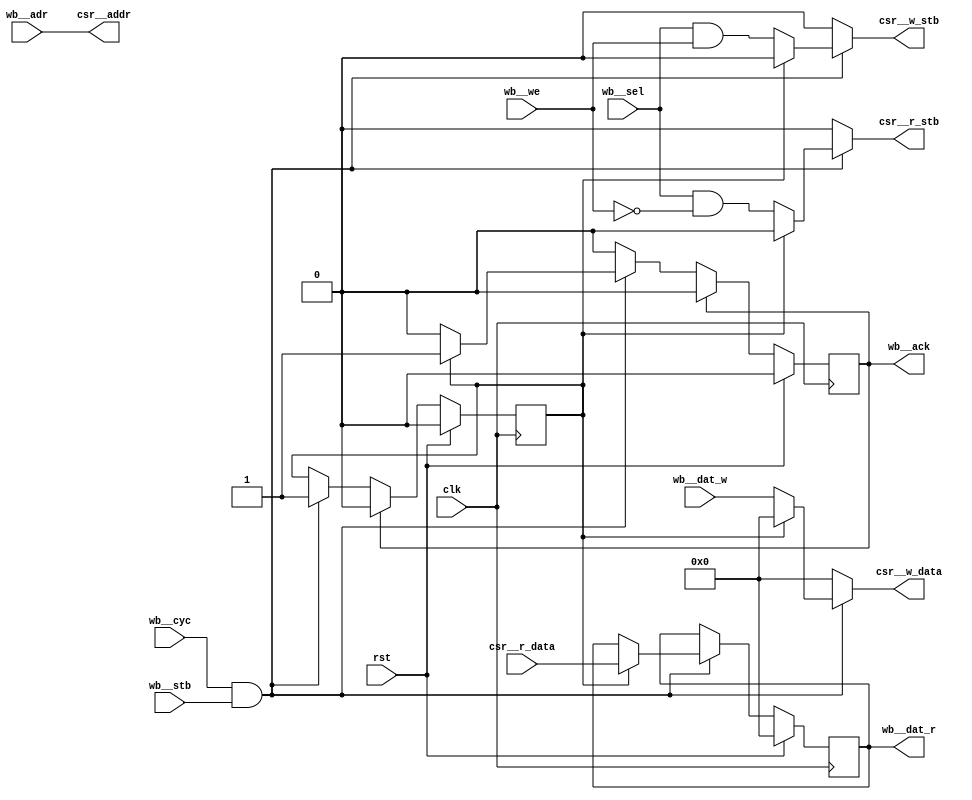
/* Generated by Yosys 0.15+31 (git sha1 a502570c2, gcc 11.2.1 -fPIC -Os) */

module bridge(wb__dat_w, wb__dat_r, wb__sel, wb__cyc, wb__stb, wb__we, wb__ack, rst, clk, csr__addr, csr__r_stb, csr__w_stb, csr__w_data, csr__r_data, wb__adr);
  reg \$auto$verilog_backend.cc:2083:dump_module$1  = 0;
  wire \$1 ;
  wire \$11 ;
  wire \$13 ;
  wire \$15 ;
  wire \$17 ;
  wire \$3 ;
  wire \$5 ;
  wire \$7 ;
  wire \$9 ;
  input clk;
  wire clk;
  output csr__addr;
  wire csr__addr;
  input [31:0] csr__r_data;
  wire [31:0] csr__r_data;
  output csr__r_stb;
  reg csr__r_stb;
  output [31:0] csr__w_data;
  reg [31:0] csr__w_data;
  output csr__w_stb;
  reg csr__w_stb;
  reg cycle = 1'h0;
  reg \cycle$next ;
  input rst;
  wire rst;
  output wb__ack;
  reg wb__ack = 1'h0;
  reg \wb__ack$next ;
  input wb__adr;
  wire wb__adr;
  input wb__cyc;
  wire wb__cyc;
  output [31:0] wb__dat_r;
  reg [31:0] wb__dat_r = 32'd0;
  reg [31:0] \wb__dat_r$next ;
  input [31:0] wb__dat_w;
  wire [31:0] wb__dat_w;
  input wb__sel;
  wire wb__sel;
  input wb__stb;
  wire wb__stb;
  input wb__we;
  wire wb__we;
  assign \$9  = wb__cyc & wb__stb;
  assign \$11  = wb__sel & wb__we;
  assign \$13  = wb__cyc & wb__stb;
  assign \$15  = wb__cyc & wb__stb;
  assign \$17  = wb__cyc & wb__stb;
  always @(posedge clk)
    cycle <= \cycle$next ;
  assign \$1  = wb__cyc & wb__stb;
  always @(posedge clk)
    wb__dat_r <= \wb__dat_r$next ;
  always @(posedge clk)
    wb__ack <= \wb__ack$next ;
  assign \$3  = ~ wb__we;
  assign \$5  = wb__sel & \$3 ;
  assign \$7  = wb__cyc & wb__stb;
  always @* begin
    if (\$auto$verilog_backend.cc:2083:dump_module$1 ) begin end
    csr__r_stb = 1'h0;
    casez (\$1 )
      1'h1:
          casez (cycle)
            1'h0:
                csr__r_stb = \$5 ;
          endcase
    endcase
  end
  always @* begin
    if (\$auto$verilog_backend.cc:2083:dump_module$1 ) begin end
    csr__w_data = 32'd0;
    casez (\$7 )
      1'h1:
          casez (cycle)
            1'h0:
                csr__w_data = wb__dat_w;
          endcase
    endcase
  end
  always @* begin
    if (\$auto$verilog_backend.cc:2083:dump_module$1 ) begin end
    csr__w_stb = 1'h0;
    casez (\$9 )
      1'h1:
          casez (cycle)
            1'h0:
                csr__w_stb = \$11 ;
          endcase
    endcase
  end
  always @* begin
    if (\$auto$verilog_backend.cc:2083:dump_module$1 ) begin end
    \cycle$next  = cycle;
    casez (\$13 )
      1'h1:
          casez (cycle)
            1'h0:
                \cycle$next  = 1'h1;
          endcase
    endcase
    casez (wb__ack)
      1'h1:
          \cycle$next  = 1'h0;
    endcase
    casez (rst)
      1'h1:
          \cycle$next  = 1'h0;
    endcase
  end
  always @* begin
    if (\$auto$verilog_backend.cc:2083:dump_module$1 ) begin end
    \wb__dat_r$next  = wb__dat_r;
    casez (\$15 )
      1'h1:
          (* full_case = 32'd1 *)
          casez (cycle)
            1'h0:
                /* empty */;
            default:
                \wb__dat_r$next  = csr__r_data;
          endcase
    endcase
    casez (rst)
      1'h1:
          \wb__dat_r$next  = 32'd0;
    endcase
  end
  always @* begin
    if (\$auto$verilog_backend.cc:2083:dump_module$1 ) begin end
    \wb__ack$next  = wb__ack;
    casez (\$17 )
      1'h1:
          (* full_case = 32'd1 *)
          casez (cycle)
            1'h0:
                /* empty */;
            default:
                \wb__ack$next  = 1'h1;
          endcase
    endcase
    casez (wb__ack)
      1'h1:
          \wb__ack$next  = 1'h0;
    endcase
    casez (rst)
      1'h1:
          \wb__ack$next  = 1'h0;
    endcase
  end
  assign csr__addr = wb__adr;
endmodule

module mux(bus_out, parity_out, clk_out, enabled, wb__adr, wb__dat_w, wb__sel, wb__cyc, wb__stb, wb__we, wb__dat_r, wb__ack, wb__stall, wb_ctrl__adr, wb_ctrl__dat_w, wb_ctrl__sel, wb_ctrl__cyc, wb_ctrl__stb, wb_ctrl__we, wb_ctrl__dat_r, wb_ctrl__ack
, wb_ctrl_stall, rst, clk, bus_in);
  reg \$auto$verilog_backend.cc:2083:dump_module$2  = 0;
  wire [8:0] \$1 ;
  wire \$10 ;
  wire [4:0] \$100 ;
  wire \$102 ;
  wire [4:0] \$104 ;
  wire [4:0] \$105 ;
  wire \$107 ;
  wire [4:0] \$109 ;
  wire [4:0] \$110 ;
  wire \$112 ;
  wire \$114 ;
  wire [4:0] \$116 ;
  wire [4:0] \$117 ;
  wire \$119 ;
  wire \$12 ;
  wire \$120 ;
  wire \$14 ;
  wire \$16 ;
  wire \$18 ;
  wire [8:0] \$2 ;
  wire \$20 ;
  wire \$22 ;
  wire \$24 ;
  wire \$26 ;
  wire \$28 ;
  wire \$30 ;
  wire \$32 ;
  wire \$34 ;
  wire \$36 ;
  wire \$38 ;
  wire \$4 ;
  wire \$40 ;
  wire \$42 ;
  wire \$44 ;
  wire \$46 ;
  wire \$48 ;
  wire \$50 ;
  wire [34:0] \$52 ;
  wire [31:0] \$53 ;
  wire [31:0] \$57 ;
  wire [31:0] \$59 ;
  wire \$6 ;
  wire \$61 ;
  wire [31:0] \$63 ;
  wire \$65 ;
  wire [31:0] \$67 ;
  wire [63:0] \$69 ;
  wire [63:0] \$71 ;
  wire \$73 ;
  wire [63:0] \$75 ;
  wire \$77 ;
  wire \$79 ;
  wire \$8 ;
  wire \$81 ;
  wire \$83 ;
  wire \$85 ;
  wire \$87 ;
  wire \$89 ;
  wire \$91 ;
  wire [34:0] \$93 ;
  wire [31:0] \$94 ;
  wire \$97 ;
  wire [4:0] \$99 ;
  reg [31:0] addr = 32'd0;
  reg [31:0] \addr$next ;
  wire bridge_wb__ack;
  wire bridge_wb__adr;
  wire bridge_wb__cyc;
  wire [31:0] bridge_wb__dat_r;
  wire [31:0] bridge_wb__dat_w;
  wire bridge_wb__sel;
  wire bridge_wb__stb;
  wire bridge_wb__we;
  input [7:0] bus_in;
  wire [7:0] bus_in;
  output [7:0] bus_out;
  reg [7:0] bus_out = 8'h00;
  reg [7:0] \bus_out$next ;
  input clk;
  wire clk;
  output clk_out;
  reg clk_out;
  wire clk_strobe;
  reg [7:0] clock_counter = 8'h00;
  reg [7:0] \clock_counter$next ;
  wire [2:0] clock_divisor;
  wire clock_strobe;
  reg [31:0] \config  = 32'd1;
  reg [31:0] \config$next ;
  reg [3:0] count = 4'h0;
  reg [3:0] \count$next ;
  reg [63:0] data = 64'h0000000000000000;
  reg [63:0] \data$next ;
  output enabled;
  wire enabled;
  wire is_read;
  wire is_write;
  wire [31:0] mux_config_csr__r_data;
  wire [31:0] mux_config_csr__w_data;
  wire mux_config_csr__w_stb;
  wire mux_csr__addr;
  wire [31:0] mux_csr__r_data;
  wire mux_csr__r_stb;
  wire [31:0] mux_csr__w_data;
  wire mux_csr__w_stb;
  wire [31:0] mux_status_csr__r_data;
  wire [31:0] mux_status_csr__w_data;
  wire mux_status_csr__w_stb;
  output parity_out;
  wire parity_out;
  reg prev_clk = 1'h0;
  reg \prev_clk$next ;
  input rst;
  wire rst;
  reg [34:0] s;
  reg [34:0] \s$56 ;
  reg [7:0] sel = 8'h00;
  reg [7:0] \sel$next ;
  (* enum_base_type = "StateEnum" *)
  (* enum_value_0000 = "IDLE" *)
  (* enum_value_0001 = "WRITE_CMD" *)
  (* enum_value_0010 = "READ_CMD" *)
  (* enum_value_0011 = "WRITE_ADDR" *)
  (* enum_value_0100 = "READ_ADDR" *)
  (* enum_value_0101 = "WRITE_SEL" *)
  (* enum_value_0110 = "READ_SEL" *)
  (* enum_value_0111 = "WRITE_DATA" *)
  (* enum_value_1000 = "READ_DATA" *)
  (* enum_value_1001 = "WRITE_ACK" *)
  (* enum_value_1010 = "READ_ACK" *)
  (* enum_value_1011 = "WISHBONE_ACK" *)
  reg [3:0] state = 4'h0;
  reg [3:0] \state$next ;
  reg [31:0] status = 32'd0;
  reg [31:0] \status$next ;
  output wb__ack;
  reg wb__ack = 1'h0;
  reg \wb__ack$next ;
  input [28:0] wb__adr;
  wire [28:0] wb__adr;
  input wb__cyc;
  wire wb__cyc;
  output [63:0] wb__dat_r;
  wire [63:0] wb__dat_r;
  input [63:0] wb__dat_w;
  wire [63:0] wb__dat_w;
  input [7:0] wb__sel;
  wire [7:0] wb__sel;
  output wb__stall;
  reg wb__stall;
  input wb__stb;
  wire wb__stb;
  input wb__we;
  wire wb__we;
  output wb_ctrl__ack;
  wire wb_ctrl__ack;
  input [29:0] wb_ctrl__adr;
  wire [29:0] wb_ctrl__adr;
  input wb_ctrl__cyc;
  wire wb_ctrl__cyc;
  output [31:0] wb_ctrl__dat_r;
  wire [31:0] wb_ctrl__dat_r;
  input [31:0] wb_ctrl__dat_w;
  wire [31:0] wb_ctrl__dat_w;
  input [3:0] wb_ctrl__sel;
  wire [3:0] wb_ctrl__sel;
  input wb_ctrl__stb;
  wire wb_ctrl__stb;
  input wb_ctrl__we;
  wire wb_ctrl__we;
  output wb_ctrl_stall;
  reg wb_ctrl_stall;
  assign \$100  = count - 1'h1;
  assign \$102  = | count;
  assign \$105  = count - 1'h1;
  assign \$107  = | count;
  assign \$10  = clock_divisor == 2'h3;
  assign \$110  = count - 1'h1;
  assign \$112  = bus_in == 8'h82;
  assign \$114  = | count;
  assign \$117  = count - 1'h1;
  assign \$120  = ^ bus_out;
  assign \$119  = ~ \$120 ;
  always @(posedge clk)
    clock_counter <= \clock_counter$next ;
  always @(posedge clk)
    prev_clk <= \prev_clk$next ;
  always @(posedge clk)
    bus_out <= \bus_out$next ;
  always @(posedge clk)
    wb__ack <= \wb__ack$next ;
  always @(posedge clk)
    addr <= \addr$next ;
  always @(posedge clk)
    data <= \data$next ;
  always @(posedge clk)
    sel <= \sel$next ;
  assign \$12  = clock_divisor == 3'h4;
  always @(posedge clk)
    state <= \state$next ;
  always @(posedge clk)
    count <= \count$next ;
  always @(posedge clk)
    \config  <= \config$next ;
  always @(posedge clk)
    status <= \status$next ;
  assign \$14  = clock_divisor == 3'h5;
  assign \$16  = clock_divisor == 3'h6;
  assign \$18  = clock_divisor == 3'h7;
  assign \$20  = ~ prev_clk;
  assign \$22  = \$20  & clk_out;
  assign \$24  = wb__stb & wb__cyc;
  assign \$26  = \$24  & wb__we;
  assign \$28  = wb__stb & wb__cyc;
  assign \$2  = clock_counter + 1'h1;
  assign \$30  = ~ wb__we;
  assign \$32  = \$28  & \$30 ;
  assign \$34  = ~ wb__cyc;
  assign \$36  = ~ wb__ack;
  assign \$38  = ~ wb_ctrl__cyc;
  assign \$40  = ~ wb_ctrl__ack;
  assign \$42  = | count;
  assign \$44  = | count;
  assign \$46  = | count;
  assign \$48  = bus_in == 8'h83;
  assign \$4  = ! clock_divisor;
  assign \$50  = | count;
  assign \$52  = + \$53 ;
  assign \$57  = + addr[31:8];
  assign \$59  = + addr[31:8];
  assign \$61  = | count;
  assign \$63  = + addr[31:8];
  assign \$65  = | count;
  assign \$67  = + addr[31:8];
  assign \$6  = clock_divisor == 1'h1;
  assign \$69  = + data[63:8];
  assign \$71  = + data[63:8];
  assign \$73  = | count;
  assign \$75  = + data[63:8];
  assign \$77  = bus_in == 8'h82;
  assign \$79  = | count;
  assign \$81  = | count;
  assign \$83  = | count;
  assign \$85  = | count;
  assign \$87  = bus_in == 8'h83;
  assign \$8  = clock_divisor == 2'h2;
  assign \$89  = bus_in == 8'h82;
  assign \$91  = | count;
  assign \$93  = + \$94 ;
  assign \$97  = | count;
  bridge bridge (
    .clk(clk),
    .csr__addr(mux_csr__addr),
    .csr__r_data(mux_csr__r_data),
    .csr__r_stb(mux_csr__r_stb),
    .csr__w_data(mux_csr__w_data),
    .csr__w_stb(mux_csr__w_stb),
    .rst(rst),
    .wb__ack(bridge_wb__ack),
    .wb__adr(bridge_wb__adr),
    .wb__cyc(bridge_wb__cyc),
    .wb__dat_r(bridge_wb__dat_r),
    .wb__dat_w(bridge_wb__dat_w),
    .wb__sel(bridge_wb__sel),
    .wb__stb(bridge_wb__stb),
    .wb__we(bridge_wb__we)
  );
  \mux$1  mux (
    .clk(clk),
    .config_csr__r_data(mux_config_csr__r_data),
    .config_csr__w_data(mux_config_csr__w_data),
    .config_csr__w_stb(mux_config_csr__w_stb),
    .csr__addr(mux_csr__addr),
    .csr__r_data(mux_csr__r_data),
    .csr__r_stb(mux_csr__r_stb),
    .csr__w_data(mux_csr__w_data),
    .csr__w_stb(mux_csr__w_stb),
    .rst(rst),
    .status_csr__r_data(mux_status_csr__r_data),
    .status_csr__w_data(mux_status_csr__w_data),
    .status_csr__w_stb(mux_status_csr__w_stb)
  );
  always @* begin
    if (\$auto$verilog_backend.cc:2083:dump_module$2 ) begin end
    (* full_case = 32'd1 *)
    casez (\$34 )
      1'h1:
          wb__stall = 1'h0;
      default:
          wb__stall = \$36 ;
    endcase
  end
  always @* begin
    if (\$auto$verilog_backend.cc:2083:dump_module$2 ) begin end
    (* full_case = 32'd1 *)
    casez (\$38 )
      1'h1:
          wb_ctrl_stall = 1'h0;
      default:
          wb_ctrl_stall = \$40 ;
    endcase
  end
  always @* begin
    if (\$auto$verilog_backend.cc:2083:dump_module$2 ) begin end
    \bus_out$next  = bus_out;
    casez (state)
      4'h0:
        begin
          \bus_out$next  = 8'h00;
          casez (clock_strobe)
            1'h1:
                casez ({ is_read, is_write })
                  2'b?1:
                      \bus_out$next  = 8'h03;
                  2'b1?:
                      \bus_out$next  = 8'h02;
                endcase
          endcase
        end
      4'h1:
          casez (clock_strobe)
            1'h1:
                \bus_out$next  = addr[7:0];
          endcase
      4'h2:
          casez (clock_strobe)
            1'h1:
                \bus_out$next  = addr[7:0];
          endcase
      4'h3:
          casez (clock_strobe)
            1'h1:
                (* full_case = 32'd1 *)
                casez (\$42 )
                  1'h1:
                      \bus_out$next  = addr[7:0];
                  default:
                      \bus_out$next  = sel;
                endcase
          endcase
      4'h4:
          casez (clock_strobe)
            1'h1:
                (* full_case = 32'd1 *)
                casez (\$44 )
                  1'h1:
                      \bus_out$next  = addr[7:0];
                  default:
                      \bus_out$next  = sel;
                endcase
          endcase
      4'h5:
          casez (clock_strobe)
            1'h1:
                \bus_out$next  = data[7:0];
          endcase
      4'h6:
          casez (clock_strobe)
            1'h1:
                \bus_out$next  = 8'h00;
          endcase
      4'h7:
          casez (clock_strobe)
            1'h1:
                (* full_case = 32'd1 *)
                casez (\$46 )
                  1'h1:
                      \bus_out$next  = data[7:0];
                  default:
                      \bus_out$next  = 8'h00;
                endcase
          endcase
    endcase
    casez (rst)
      1'h1:
          \bus_out$next  = 8'h00;
    endcase
  end
  always @* begin
    if (\$auto$verilog_backend.cc:2083:dump_module$2 ) begin end
    \wb__ack$next  = wb__ack;
    casez (state)
      4'h0:
          \wb__ack$next  = 1'h0;
      4'h1:
          /* empty */;
      4'h2:
          /* empty */;
      4'h3:
          /* empty */;
      4'h4:
          /* empty */;
      4'h5:
          /* empty */;
      4'h6:
          /* empty */;
      4'h7:
          /* empty */;
      4'h9:
          casez (clock_strobe)
            1'h1:
                casez (\$48 )
                  1'h1:
                      \wb__ack$next  = 1'h1;
                endcase
          endcase
      4'ha:
          /* empty */;
      4'h8:
          casez (clock_strobe)
            1'h1:
                (* full_case = 32'd1 *)
                casez (\$50 )
                  1'h1:
                      /* empty */;
                  default:
                      \wb__ack$next  = 1'h1;
                endcase
          endcase
      4'hb:
          \wb__ack$next  = 1'h0;
    endcase
    casez (rst)
      1'h1:
          \wb__ack$next  = 1'h0;
    endcase
  end
  always @* begin
    if (\$auto$verilog_backend.cc:2083:dump_module$2 ) begin end
    s = 35'h000000000;
    casez (state)
      4'h0:
          casez (clock_strobe)
            1'h1:
                casez ({ is_read, is_write })
                  2'b?1:
                      s = \$52 ;
                endcase
          endcase
    endcase
  end
  always @* begin
    if (\$auto$verilog_backend.cc:2083:dump_module$2 ) begin end
    \addr$next  = addr;
    casez (state)
      4'h0:
          casez (clock_strobe)
            1'h1:
                casez ({ is_read, is_write })
                  2'b?1:
                      \addr$next  = s[31:0];
                  2'b1?:
                      \addr$next  = \s$56 [31:0];
                endcase
          endcase
      4'h1:
          casez (clock_strobe)
            1'h1:
                \addr$next  = \$57 ;
          endcase
      4'h2:
          casez (clock_strobe)
            1'h1:
                \addr$next  = \$59 ;
          endcase
      4'h3:
          casez (clock_strobe)
            1'h1:
                casez (\$61 )
                  1'h1:
                      \addr$next  = \$63 ;
                endcase
          endcase
      4'h4:
          casez (clock_strobe)
            1'h1:
                casez (\$65 )
                  1'h1:
                      \addr$next  = \$67 ;
                endcase
          endcase
    endcase
  end
  always @* begin
    if (\$auto$verilog_backend.cc:2083:dump_module$2 ) begin end
    \data$next  = data;
    casez (state)
      4'h0:
          casez (clock_strobe)
            1'h1:
                casez ({ is_read, is_write })
                  2'b?1:
                      \data$next  = wb__dat_w;
                endcase
          endcase
      4'h1:
          /* empty */;
      4'h2:
          /* empty */;
      4'h3:
          /* empty */;
      4'h4:
          /* empty */;
      4'h5:
          casez (clock_strobe)
            1'h1:
                \data$next  = \$69 ;
          endcase
      4'h6:
          casez (clock_strobe)
            1'h1:
                \data$next  = \$71 ;
          endcase
      4'h7:
          casez (clock_strobe)
            1'h1:
                casez (\$73 )
                  1'h1:
                      \data$next  = \$75 ;
                endcase
          endcase
      4'h9:
          /* empty */;
      4'ha:
          casez (clock_strobe)
            1'h1:
                casez (\$77 )
                  1'h1:
                      \data$next  = 64'h0000000000000000;
                endcase
          endcase
      4'h8:
          casez (clock_strobe)
            1'h1:
                casez (\$79 )
                  1'h1:
                      \data$next  = { bus_in, data[63:8] };
                endcase
          endcase
    endcase
  end
  always @* begin
    if (\$auto$verilog_backend.cc:2083:dump_module$2 ) begin end
    \sel$next  = sel;
    casez (state)
      4'h0:
          casez (clock_strobe)
            1'h1:
                casez ({ is_read, is_write })
                  2'b?1:
                      \sel$next  = wb__sel;
                endcase
          endcase
    endcase
  end
  always @* begin
    if (\$auto$verilog_backend.cc:2083:dump_module$2 ) begin end
    \state$next  = state;
    casez (state)
      4'h0:
          casez (clock_strobe)
            1'h1:
                casez ({ is_read, is_write })
                  2'b?1:
                      \state$next  = 4'h1;
                  2'b1?:
                      \state$next  = 4'h2;
                endcase
          endcase
      4'h1:
          casez (clock_strobe)
            1'h1:
                \state$next  = 4'h3;
          endcase
      4'h2:
          casez (clock_strobe)
            1'h1:
                \state$next  = 4'h4;
          endcase
      4'h3:
          casez (clock_strobe)
            1'h1:
                (* full_case = 32'd1 *)
                casez (\$81 )
                  1'h1:
                      /* empty */;
                  default:
                      \state$next  = 4'h5;
                endcase
          endcase
      4'h4:
          casez (clock_strobe)
            1'h1:
                (* full_case = 32'd1 *)
                casez (\$83 )
                  1'h1:
                      /* empty */;
                  default:
                      \state$next  = 4'h6;
                endcase
          endcase
      4'h5:
          casez (clock_strobe)
            1'h1:
                \state$next  = 4'h7;
          endcase
      4'h6:
          casez (clock_strobe)
            1'h1:
                \state$next  = 4'ha;
          endcase
      4'h7:
          casez (clock_strobe)
            1'h1:
                (* full_case = 32'd1 *)
                casez (\$85 )
                  1'h1:
                      /* empty */;
                  default:
                      \state$next  = 4'h9;
                endcase
          endcase
      4'h9:
          casez (clock_strobe)
            1'h1:
                casez (\$87 )
                  1'h1:
                      \state$next  = 4'hb;
                endcase
          endcase
      4'ha:
          casez (clock_strobe)
            1'h1:
                casez (\$89 )
                  1'h1:
                      \state$next  = 4'h8;
                endcase
          endcase
      4'h8:
          casez (clock_strobe)
            1'h1:
                (* full_case = 32'd1 *)
                casez (\$91 )
                  1'h1:
                      /* empty */;
                  default:
                      \state$next  = 4'hb;
                endcase
          endcase
      4'hb:
          \state$next  = 4'h0;
    endcase
    casez (rst)
      1'h1:
          \state$next  = 4'h0;
    endcase
  end
  always @* begin
    if (\$auto$verilog_backend.cc:2083:dump_module$2 ) begin end
    \s$56  = 35'h000000000;
    casez (state)
      4'h0:
          casez (clock_strobe)
            1'h1:
                casez ({ is_read, is_write })
                  2'b?1:
                      /* empty */;
                  2'b1?:
                      \s$56  = \$93 ;
                endcase
          endcase
    endcase
  end
  always @* begin
    if (\$auto$verilog_backend.cc:2083:dump_module$2 ) begin end
    \clock_counter$next  = \$2 [7:0];
    casez (rst)
      1'h1:
          \clock_counter$next  = 8'h00;
    endcase
  end
  always @* begin
    if (\$auto$verilog_backend.cc:2083:dump_module$2 ) begin end
    \count$next  = count;
    casez (state)
      4'h0:
          /* empty */;
      4'h1:
          casez (clock_strobe)
            1'h1:
                \count$next  = 4'h3;
          endcase
      4'h2:
          casez (clock_strobe)
            1'h1:
                \count$next  = 4'h3;
          endcase
      4'h3:
          casez (clock_strobe)
            1'h1:
                casez (\$97 )
                  1'h1:
                      \count$next  = \$100 [3:0];
                endcase
          endcase
      4'h4:
          casez (clock_strobe)
            1'h1:
                casez (\$102 )
                  1'h1:
                      \count$next  = \$105 [3:0];
                endcase
          endcase
      4'h5:
          casez (clock_strobe)
            1'h1:
                \count$next  = 4'h7;
          endcase
      4'h6:
          casez (clock_strobe)
            1'h1:
                \count$next  = 4'h7;
          endcase
      4'h7:
          casez (clock_strobe)
            1'h1:
                casez (\$107 )
                  1'h1:
                      \count$next  = \$110 [3:0];
                endcase
          endcase
      4'h9:
          /* empty */;
      4'ha:
          casez (clock_strobe)
            1'h1:
                casez (\$112 )
                  1'h1:
                      \count$next  = 4'h8;
                endcase
          endcase
      4'h8:
          casez (clock_strobe)
            1'h1:
                casez (\$114 )
                  1'h1:
                      \count$next  = \$117 [3:0];
                endcase
          endcase
    endcase
    casez (rst)
      1'h1:
          \count$next  = 4'h0;
    endcase
  end
  always @* begin
    if (\$auto$verilog_backend.cc:2083:dump_module$2 ) begin end
    clk_out = 1'h0;
    casez (\$4 )
      1'h1:
          clk_out = clock_counter[0];
    endcase
    casez (\$6 )
      1'h1:
          clk_out = clock_counter[1];
    endcase
    casez (\$8 )
      1'h1:
          clk_out = clock_counter[2];
    endcase
    casez (\$10 )
      1'h1:
          clk_out = clock_counter[3];
    endcase
    casez (\$12 )
      1'h1:
          clk_out = clock_counter[4];
    endcase
    casez (\$14 )
      1'h1:
          clk_out = clock_counter[5];
    endcase
    casez (\$16 )
      1'h1:
          clk_out = clock_counter[6];
    endcase
    casez (\$18 )
      1'h1:
          clk_out = clock_counter[7];
    endcase
  end
  always @* begin
    if (\$auto$verilog_backend.cc:2083:dump_module$2 ) begin end
    \config$next  = \config ;
    casez (mux_config_csr__w_stb)
      1'h1:
          \config$next  = mux_config_csr__w_data;
    endcase
    casez (rst)
      1'h1:
          \config$next  = 32'd1;
    endcase
  end
  always @* begin
    if (\$auto$verilog_backend.cc:2083:dump_module$2 ) begin end
    \status$next  = status;
    casez (mux_status_csr__w_stb)
      1'h1:
          \status$next  = mux_status_csr__w_data;
    endcase
    casez (rst)
      1'h1:
          \status$next  = 32'd0;
    endcase
  end
  always @* begin
    if (\$auto$verilog_backend.cc:2083:dump_module$2 ) begin end
    \prev_clk$next  = clk_out;
    casez (rst)
      1'h1:
          \prev_clk$next  = 1'h0;
    endcase
  end
  assign \$1  = \$2 ;
  assign \$99  = \$100 ;
  assign \$104  = \$105 ;
  assign \$109  = \$110 ;
  assign \$116  = \$117 ;
  assign mux_status_csr__r_data = status;
  assign mux_config_csr__r_data = \config ;
  assign wb_ctrl__ack = bridge_wb__ack;
  assign bridge_wb__we = wb_ctrl__we;
  assign bridge_wb__stb = wb_ctrl__stb;
  assign bridge_wb__cyc = wb_ctrl__cyc;
  assign bridge_wb__sel = wb_ctrl__sel[0];
  assign wb_ctrl__dat_r = bridge_wb__dat_r;
  assign bridge_wb__dat_w = wb_ctrl__dat_w;
  assign bridge_wb__adr = wb_ctrl__adr[0];
  assign parity_out = \$119 ;
  assign is_read = \$32 ;
  assign is_write = \$26 ;
  assign wb__dat_r = data;
  assign clk_strobe = clock_strobe;
  assign clock_strobe = \$22 ;
  assign enabled = \config [3];
  assign clock_divisor = \config [2:0];
  assign \$53  = { wb__adr, 3'h0 };
  assign \$94  = { wb__adr, 3'h0 };
endmodule

module \mux$1 (status_csr__r_data, config_csr__w_stb, config_csr__w_data, status_csr__w_stb, status_csr__w_data, rst, clk, csr__addr, csr__r_stb, csr__w_stb, csr__w_data, csr__r_data, config_csr__r_data);
  reg \$auto$verilog_backend.cc:2083:dump_module$3  = 0;
  wire [1:0] \$1 ;
  wire [31:0] \$11 ;
  wire [31:0] \$13 ;
  wire [1:0] \$2 ;
  wire [1:0] \$4 ;
  wire [1:0] \$5 ;
  wire [31:0] \$7 ;
  wire [31:0] \$9 ;
  input clk;
  wire clk;
  input [31:0] config_csr__r_data;
  wire [31:0] config_csr__r_data;
  reg config_csr__r_stb;
  reg [31:0] config_csr__shadow = 32'd0;
  reg [31:0] \config_csr__shadow$next ;
  reg config_csr__shadow_en = 1'h0;
  reg \config_csr__shadow_en$next ;
  output [31:0] config_csr__w_data;
  wire [31:0] config_csr__w_data;
  output config_csr__w_stb;
  reg config_csr__w_stb = 1'h0;
  reg \config_csr__w_stb$next ;
  input csr__addr;
  wire csr__addr;
  output [31:0] csr__r_data;
  wire [31:0] csr__r_data;
  input csr__r_stb;
  wire csr__r_stb;
  input [31:0] csr__w_data;
  wire [31:0] csr__w_data;
  input csr__w_stb;
  wire csr__w_stb;
  input rst;
  wire rst;
  input [31:0] status_csr__r_data;
  wire [31:0] status_csr__r_data;
  reg status_csr__r_stb;
  reg [31:0] status_csr__shadow = 32'd0;
  reg [31:0] \status_csr__shadow$next ;
  reg status_csr__shadow_en = 1'h0;
  reg \status_csr__shadow_en$next ;
  output [31:0] status_csr__w_data;
  wire [31:0] status_csr__w_data;
  output status_csr__w_stb;
  reg status_csr__w_stb = 1'h0;
  reg \status_csr__w_stb$next ;
  assign \$9  = 1'h0 | \$7 ;
  assign \$11  = status_csr__shadow_en ? status_csr__shadow : 32'd0;
  assign \$13  = \$9  | \$11 ;
  always @(posedge clk)
    config_csr__shadow_en <= \config_csr__shadow_en$next ;
  always @(posedge clk)
    config_csr__w_stb <= \config_csr__w_stb$next ;
  always @(posedge clk)
    config_csr__shadow <= \config_csr__shadow$next ;
  always @(posedge clk)
    status_csr__shadow_en <= \status_csr__shadow_en$next ;
  always @(posedge clk)
    status_csr__w_stb <= \status_csr__w_stb$next ;
  always @(posedge clk)
    status_csr__shadow <= \status_csr__shadow$next ;
  assign \$7  = config_csr__shadow_en ? config_csr__shadow : 32'd0;
  always @* begin
    if (\$auto$verilog_backend.cc:2083:dump_module$3 ) begin end
    \config_csr__shadow_en$next  = 1'h0;
    casez (csr__addr)
      1'h0:
          \config_csr__shadow_en$next  = \$2 [0];
    endcase
    casez (rst)
      1'h1:
          \config_csr__shadow_en$next  = 1'h0;
    endcase
  end
  always @* begin
    if (\$auto$verilog_backend.cc:2083:dump_module$3 ) begin end
    \config_csr__w_stb$next  = 1'h0;
    casez (csr__addr)
      1'h0:
          \config_csr__w_stb$next  = csr__w_stb;
    endcase
    casez (rst)
      1'h1:
          \config_csr__w_stb$next  = 1'h0;
    endcase
  end
  always @* begin
    if (\$auto$verilog_backend.cc:2083:dump_module$3 ) begin end
    config_csr__r_stb = 1'h0;
    casez (csr__addr)
      1'h0:
          config_csr__r_stb = csr__r_stb;
    endcase
  end
  always @* begin
    if (\$auto$verilog_backend.cc:2083:dump_module$3 ) begin end
    \config_csr__shadow$next  = config_csr__shadow;
    casez (csr__addr)
      1'h0:
        begin
          casez (csr__r_stb)
            1'h1:
                \config_csr__shadow$next  = config_csr__r_data;
          endcase
          casez (csr__w_stb)
            1'h1:
                \config_csr__shadow$next  = csr__w_data;
          endcase
        end
    endcase
    casez (rst)
      1'h1:
          \config_csr__shadow$next  = 32'd0;
    endcase
  end
  always @* begin
    if (\$auto$verilog_backend.cc:2083:dump_module$3 ) begin end
    \status_csr__shadow_en$next  = 1'h0;
    casez (csr__addr)
      1'h1:
          \status_csr__shadow_en$next  = \$5 [0];
    endcase
    casez (rst)
      1'h1:
          \status_csr__shadow_en$next  = 1'h0;
    endcase
  end
  always @* begin
    if (\$auto$verilog_backend.cc:2083:dump_module$3 ) begin end
    \status_csr__w_stb$next  = 1'h0;
    casez (csr__addr)
      1'h1:
          \status_csr__w_stb$next  = csr__w_stb;
    endcase
    casez (rst)
      1'h1:
          \status_csr__w_stb$next  = 1'h0;
    endcase
  end
  always @* begin
    if (\$auto$verilog_backend.cc:2083:dump_module$3 ) begin end
    status_csr__r_stb = 1'h0;
    casez (csr__addr)
      1'h1:
          status_csr__r_stb = csr__r_stb;
    endcase
  end
  always @* begin
    if (\$auto$verilog_backend.cc:2083:dump_module$3 ) begin end
    \status_csr__shadow$next  = status_csr__shadow;
    casez (csr__addr)
      1'h1:
        begin
          casez (csr__r_stb)
            1'h1:
                \status_csr__shadow$next  = status_csr__r_data;
          endcase
          casez (csr__w_stb)
            1'h1:
                \status_csr__shadow$next  = csr__w_data;
          endcase
        end
    endcase
    casez (rst)
      1'h1:
          \status_csr__shadow$next  = 32'd0;
    endcase
  end
  assign \$1  = \$2 ;
  assign \$4  = \$5 ;
  assign csr__r_data = \$13 ;
  assign status_csr__w_data = status_csr__shadow;
  assign config_csr__w_data = config_csr__shadow;
  assign \$2  = { 1'h0, csr__r_stb };
  assign \$5  = { 1'h0, csr__r_stb };
endmodule

module simplebus_host(bus_in, parity_in, bus_out, parity_out, enabled, wb_adr, wb_dat_w, wb_dat_r, wb_sel, wb_cyc, wb_stb, wb_we, wb_ack, wb_stall, wb_ctrl_adr, wb_ctrl_dat_w, wb_ctrl_dat_r, wb_ctrl_sel, wb_ctrl_cyc, wb_ctrl_stb, wb_ctrl_we
, wb_ctrl_ack, wb_ctrl_stall, clk, rst, clk_out);
  input [7:0] bus_in;
  wire [7:0] bus_in;
  output [7:0] bus_out;
  wire [7:0] bus_out;
  input clk;
  wire clk;
  output clk_out;
  wire clk_out;
  output enabled;
  wire enabled;
  wire [7:0] mux_bus_in;
  wire [7:0] mux_bus_out;
  wire mux_clk_out;
  wire mux_enabled;
  wire mux_parity_out;
  wire mux_wb__ack;
  wire [28:0] mux_wb__adr;
  wire mux_wb__cyc;
  wire [63:0] mux_wb__dat_r;
  wire [63:0] mux_wb__dat_w;
  wire [7:0] mux_wb__sel;
  wire mux_wb__stall;
  wire mux_wb__stb;
  wire mux_wb__we;
  wire mux_wb_ctrl__ack;
  wire [29:0] mux_wb_ctrl__adr;
  wire mux_wb_ctrl__cyc;
  wire [31:0] mux_wb_ctrl__dat_r;
  wire [31:0] mux_wb_ctrl__dat_w;
  wire [3:0] mux_wb_ctrl__sel;
  wire mux_wb_ctrl__stb;
  wire mux_wb_ctrl__we;
  wire mux_wb_ctrl_stall;
  input parity_in;
  wire parity_in;
  wire \parity_in$1 ;
  output parity_out;
  wire parity_out;
  input rst;
  wire rst;
  output wb_ack;
  wire wb_ack;
  input [28:0] wb_adr;
  wire [28:0] wb_adr;
  output wb_ctrl_ack;
  wire wb_ctrl_ack;
  input [29:0] wb_ctrl_adr;
  wire [29:0] wb_ctrl_adr;
  input wb_ctrl_cyc;
  wire wb_ctrl_cyc;
  output [31:0] wb_ctrl_dat_r;
  wire [31:0] wb_ctrl_dat_r;
  input [31:0] wb_ctrl_dat_w;
  wire [31:0] wb_ctrl_dat_w;
  input [3:0] wb_ctrl_sel;
  wire [3:0] wb_ctrl_sel;
  output wb_ctrl_stall;
  wire wb_ctrl_stall;
  input wb_ctrl_stb;
  wire wb_ctrl_stb;
  input wb_ctrl_we;
  wire wb_ctrl_we;
  input wb_cyc;
  wire wb_cyc;
  output [63:0] wb_dat_r;
  wire [63:0] wb_dat_r;
  input [63:0] wb_dat_w;
  wire [63:0] wb_dat_w;
  input [7:0] wb_sel;
  wire [7:0] wb_sel;
  output wb_stall;
  wire wb_stall;
  input wb_stb;
  wire wb_stb;
  input wb_we;
  wire wb_we;
  mux mux (
    .bus_in(mux_bus_in),
    .bus_out(mux_bus_out),
    .clk(clk),
    .clk_out(mux_clk_out),
    .enabled(mux_enabled),
    .parity_out(mux_parity_out),
    .rst(rst),
    .wb__ack(mux_wb__ack),
    .wb__adr(mux_wb__adr),
    .wb__cyc(mux_wb__cyc),
    .wb__dat_r(mux_wb__dat_r),
    .wb__dat_w(mux_wb__dat_w),
    .wb__sel(mux_wb__sel),
    .wb__stall(mux_wb__stall),
    .wb__stb(mux_wb__stb),
    .wb__we(mux_wb__we),
    .wb_ctrl__ack(mux_wb_ctrl__ack),
    .wb_ctrl__adr(mux_wb_ctrl__adr),
    .wb_ctrl__cyc(mux_wb_ctrl__cyc),
    .wb_ctrl__dat_r(mux_wb_ctrl__dat_r),
    .wb_ctrl__dat_w(mux_wb_ctrl__dat_w),
    .wb_ctrl__sel(mux_wb_ctrl__sel),
    .wb_ctrl__stb(mux_wb_ctrl__stb),
    .wb_ctrl__we(mux_wb_ctrl__we),
    .wb_ctrl_stall(mux_wb_ctrl_stall)
  );
  assign wb_ctrl_stall = mux_wb_ctrl_stall;
  assign wb_ctrl_ack = mux_wb_ctrl__ack;
  assign wb_ctrl_dat_r = mux_wb_ctrl__dat_r;
  assign mux_wb_ctrl__we = wb_ctrl_we;
  assign mux_wb_ctrl__stb = wb_ctrl_stb;
  assign mux_wb_ctrl__cyc = wb_ctrl_cyc;
  assign mux_wb_ctrl__sel = wb_ctrl_sel;
  assign mux_wb_ctrl__dat_w = wb_ctrl_dat_w;
  assign mux_wb_ctrl__adr = wb_ctrl_adr;
  assign wb_stall = mux_wb__stall;
  assign wb_ack = mux_wb__ack;
  assign wb_dat_r = mux_wb__dat_r;
  assign mux_wb__we = wb_we;
  assign mux_wb__stb = wb_stb;
  assign mux_wb__cyc = wb_cyc;
  assign mux_wb__sel = wb_sel;
  assign mux_wb__dat_w = wb_dat_w;
  assign mux_wb__adr = wb_adr;
  assign enabled = mux_enabled;
  assign clk_out = mux_clk_out;
  assign parity_out = mux_parity_out;
  assign bus_out = mux_bus_out;
  assign \parity_in$1  = parity_in;
  assign mux_bus_in = bus_in;
endmodule